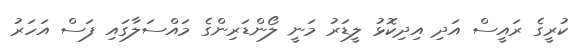
ކުރީގެ ރައީސް އަދި އިދިކޮޅު ލީޑަރު މަނީ ލޯންޑަރިންގެ މައްސަލާގައި ފަސް އަހަރު